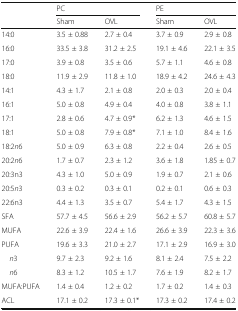
<table><thead><tr><td rowspan="2"></td><td colspan="2"><b>PC</b></td><td colspan="2"><b>PE</b></td></tr><tr><td><b>Sham</b></td><td><b>OVL</b></td><td><b>Sham</b></td><td><b>OVL</b></td></tr></thead><tbody><tr><td>14:0</td><td>3.5 ± 0.88</td><td>2.7 ± 0.4</td><td>3.7 ± 0.9</td><td>2.9 ± 0.8</td></tr><tr><td>16:0</td><td>33.5 ± 3.8</td><td>31.2 ± 2.5</td><td>19.1 ± 4.6</td><td>22.1 ± 3.5</td></tr><tr><td>17:0</td><td>3.9 ± 0.8</td><td>3.5 ± 0.6</td><td>5.7 ± 1.1</td><td>4.6 ± 0.8</td></tr><tr><td>18:0</td><td>11.9 ± 2.9</td><td>11.8 ± 1.0</td><td>18.9 ± 4.2</td><td>24.6 ± 4.3</td></tr><tr><td>14:1</td><td>4.3 ± 1.7</td><td>2.1 ± 0.8</td><td>2.0 ± 0.3</td><td>2.0 ± 0.4</td></tr><tr><td>16:1</td><td>5.0 ± 0.8</td><td>4.9 ± 0.4</td><td>4.0 ± 0.8</td><td>3.8 ± 1.1</td></tr><tr><td>17:1</td><td>2.8 ± 0.6</td><td>4.7 ± 0.9*</td><td>6.2 ± 1.3</td><td>4.6 ± 1.5</td></tr><tr><td>18:1</td><td>5.0 ± 0.8</td><td>7.9 ± 0.8*</td><td>7.1 ± 1.0</td><td>8.4 ± 1.6</td></tr><tr><td>18:2<i>n</i>6</td><td>5.0 ± 0.9</td><td>6.3 ± 0.8</td><td>2.2 ± 0.4</td><td>2.6 ± 0.5</td></tr><tr><td>20:2<i>n</i>6</td><td>1.7 ± 0.7</td><td>2.3 ± 1.2</td><td>3.6 ± 1.8</td><td>1.85 ± 0.7</td></tr><tr><td>20:3n3</td><td>4.3 ± 1.0</td><td>5.0 ± 0.9</td><td>1.9 ± 0.7</td><td>2.1 ± 0.6</td></tr><tr><td>20:5<i>n</i>3</td><td>0.3 ± 0.2</td><td>0.3 ± 0.1</td><td>0.2 ± 0.1</td><td>0.6 ± 0.3</td></tr><tr><td>22:6n3</td><td>4.4 ± 1.3</td><td>3.5 ± 0.7</td><td>5.4 ± 1.7</td><td>4.3 ± 1.5</td></tr><tr><td>SFA</td><td>57.7 ± 4.5</td><td>56.6 ± 2.9</td><td>56.2 ± 5.7</td><td>60.8 ± 5.7</td></tr><tr><td>MUFA</td><td>22.6 ± 3.9</td><td>22.4 ± 1.6</td><td>26.6 ± 3.9</td><td>22.3 ± 3.6</td></tr><tr><td>PUFA</td><td>19.6 ± 3.3</td><td>21.0 ± 2.7</td><td>17.1 ± 2.9</td><td>16.9 ± 3.0</td></tr><tr><td> <i>n</i>3</td><td>9.7 ± 2.3</td><td>9.2 ± 1.6</td><td>8.1 ± 2.4</td><td>7.5 ± 2.2</td></tr><tr><td> <i>n</i>6</td><td>8.3 ± 1.2</td><td>10.5 ± 1.7</td><td>7.6 ± 1.9</td><td>8.2 ± 1.7</td></tr><tr><td>MUFA:PUFA</td><td>1.4 ± 0.4</td><td>1.2 ± 0.2</td><td>1.7 ± 0.2</td><td>1.4 ± 0.3</td></tr><tr><td>ACL</td><td>17.1 ± 0.2</td><td>17.3 ± 0.1*</td><td>17.3 ± 0.2</td><td>17.4 ± 0.2</td></tr></tbody></table>